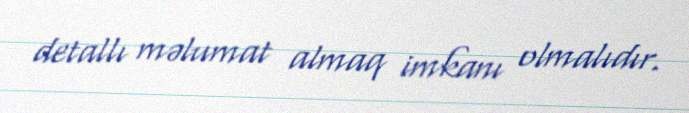
detallı məlumat almaq imkanı olmalıdır.